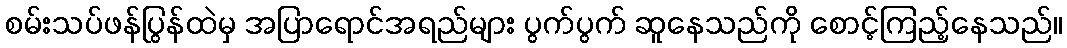
စမ်းသပ်ဖန်ပြွန်ထဲမှ အပြာရောင်အရည်များ ပွက်ပွက် ဆူနေသည်ကို စောင့်ကြည့်နေသည်။